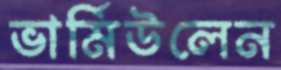
ভার্মিউলেন